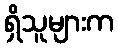
ရှိသူများက